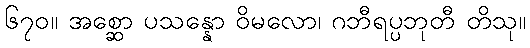
၆၇၀။ အစ္ဆော ပသန္နော ဝိမလော၊ ဂဘီရပ္ပဘုတီ တိသု။